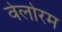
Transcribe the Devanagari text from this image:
वेलोरम